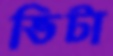
ভিটা